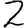
Digit: 2